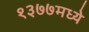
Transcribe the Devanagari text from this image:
१३७७मध्ये